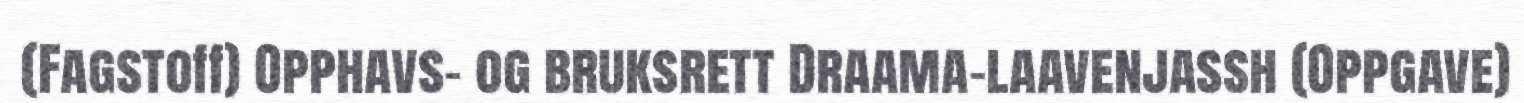
(Fagstoff) Opphavs- og bruksrett Draama-laavenjassh (Oppgave)